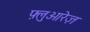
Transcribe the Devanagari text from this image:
फ़्लुओरेज़